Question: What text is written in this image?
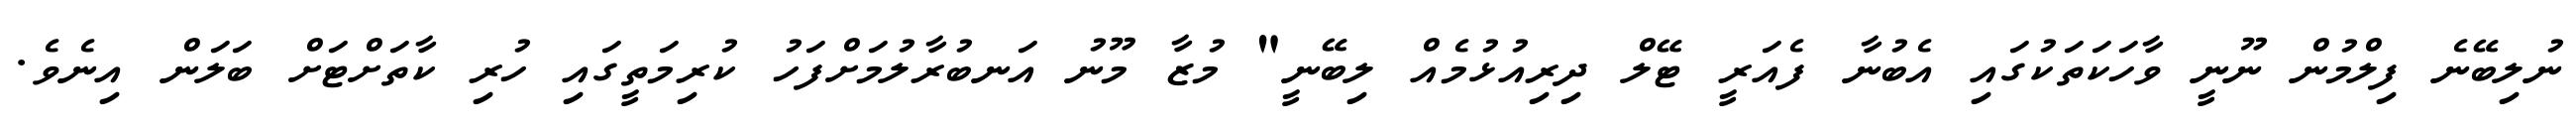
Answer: ނުލިބޭނެ ފިލްމުން ނޫނީ ވާހަކަތަކުގައި އެބުނާ ފެއަރީ ޓޭލް ދިރިއުޅުމެއް ލިބޭނީ" މުޒާ މޫނު އަނބުރާލުމަށްފަހު ކުރިމަތީގައި ހުރި ކާތަށްޓަށް ބަލަން އިނެވެ.